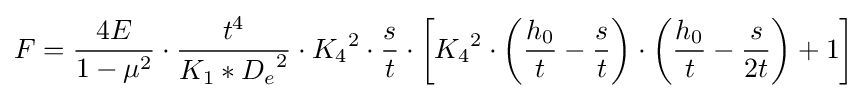
F={\frac {4E}{1-\mu ^{2}}}\cdot {\frac {t^{4}}{K_{1}*{D_{e}}^{2}}}\cdot {K_{4}}^{2}\cdot {\frac {s}{t}}\cdot \left[{K_{4}}^{2}\cdot \left({\frac {h_{0}}{t}}-{\frac {s}{t}}\right)\cdot \left({\frac {h_{0}}{t}}-{\frac {s}{2t}}\right)+1\right]